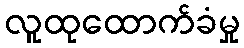
လူထုထောက်ခံမှု